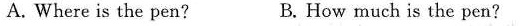
A. Where is the pen? B. How much is the pen?